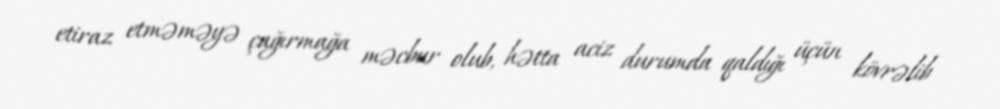
etiraz etməməyə çağırmağa məcbur olub, hətta aciz durumda qaldığı üçün kövrəlib